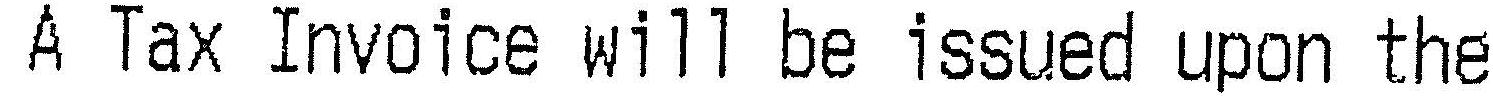
A TAX INVOICE WILL BE ISSUED UPON THE